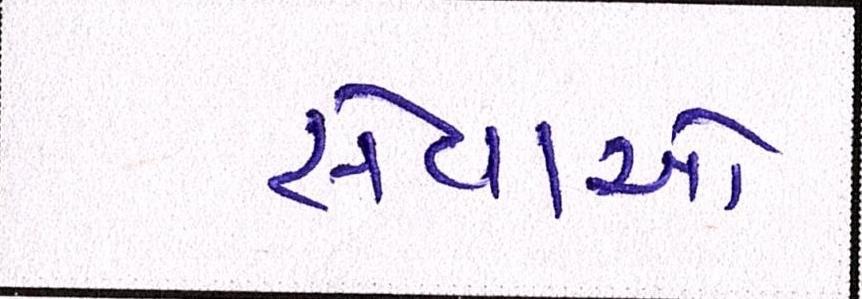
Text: સેવાઓ